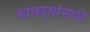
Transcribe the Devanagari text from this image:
कायदयांमध्ये